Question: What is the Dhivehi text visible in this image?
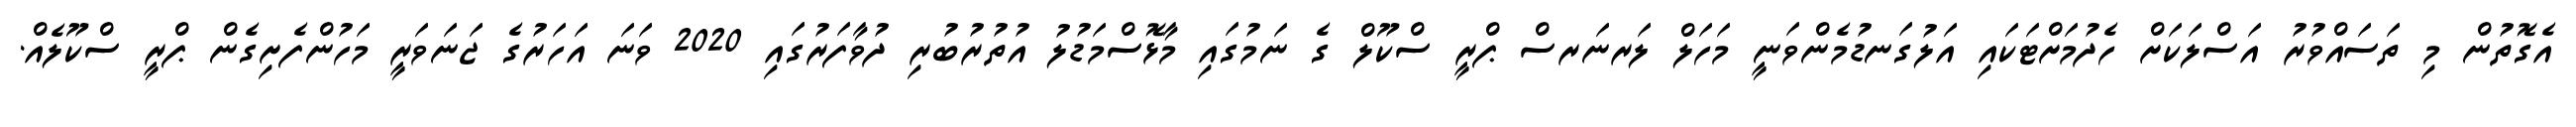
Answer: އެގޮތުން މި ތަސައްވުރު އަސްލަކަށް ހެދުމަށްޓަކައި އަލުގަނޑުމެންވަނީ މަހަލް ލަރނަރސް ޕްރީ ސްކޫލް ގެ ނަމުގައި މާޅޮސްމަޑުލު އުތުރުބުރި ދުވާފަރުގައި 2020 ވަނަ އަހަރުގެ ޖަނަވަރީ މަހުންފެށިގެން ޕްރީ ސްކޫލެއް.